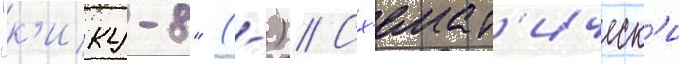
"к'ику-8" (-) // Сх'емат'ическ'и